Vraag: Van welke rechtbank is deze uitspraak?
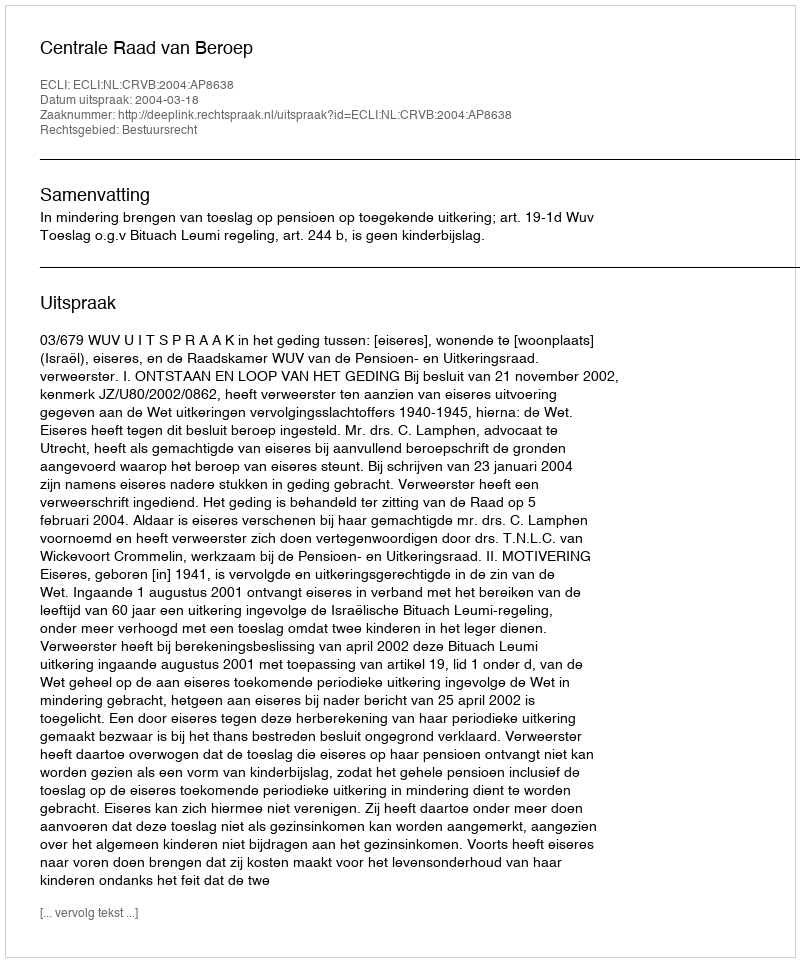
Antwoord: Centrale Raad van Beroep